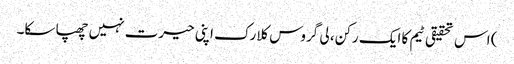
) اس تحقیقی ٹیم کا ایک رکن، لی گروس کلارک اپنی حیرت نہیں چھپا سکا۔